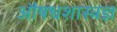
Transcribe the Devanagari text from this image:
औषधशास्त्रज्ञ